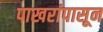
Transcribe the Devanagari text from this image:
पाखरांपासून